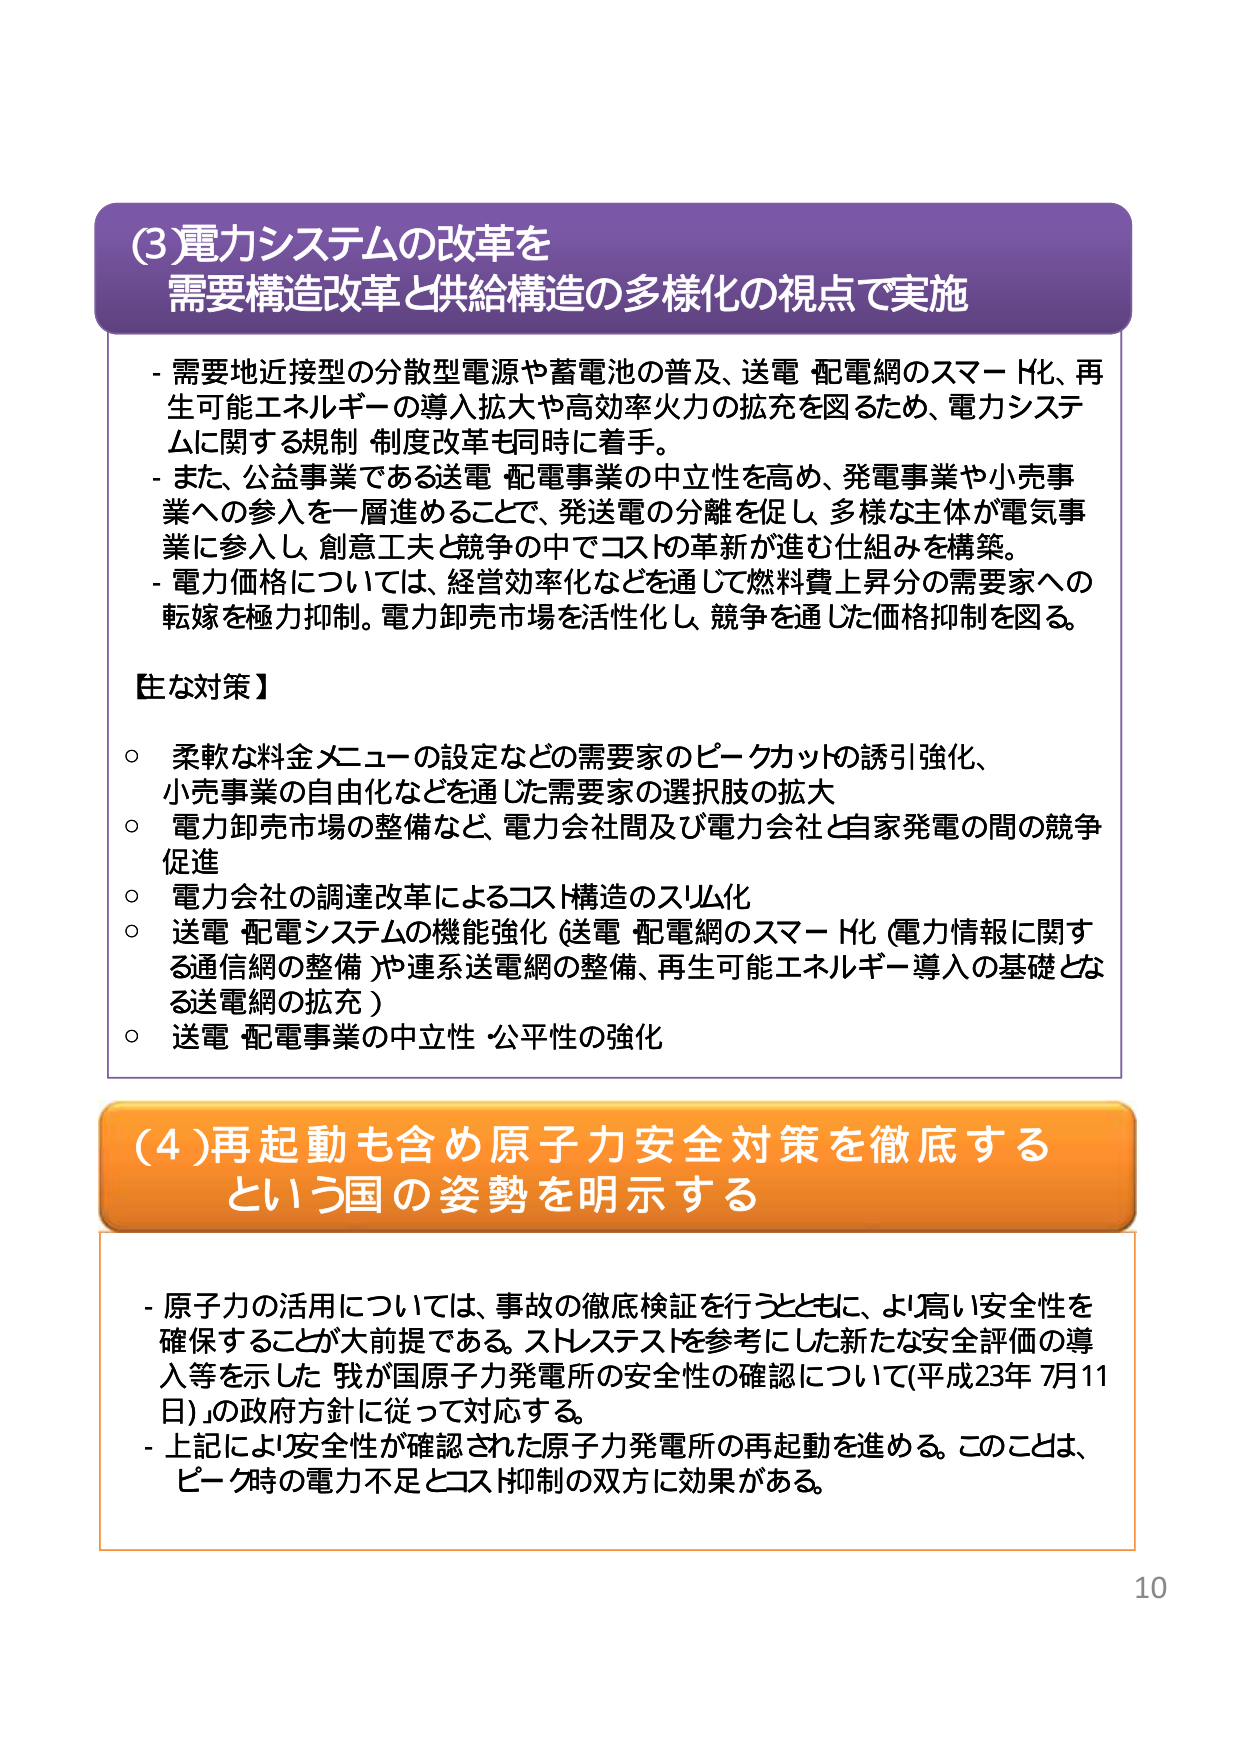
(3)電力システムの改革を
需要構造改革と供給構造の多様化の視点で実施

- 需要地近接型の分散型電源や蓄電池の普及、送電・配電網のスマート化、再生可能エネルギーの導入拡大や高効率火力の拡充を図るため、電力システムに関する規制・制度改革も同時に着手。
- また、公益事業である送電・配電事業の中立性を高め、発電事業や小売事業への参入を一層進めることで、発送電の分離を促し、多様な主体が電気事業に参入し、創意工夫と競争の中でコストの革新が進む仕組みを構築。
- 電力価格については、経営効率化などを通じて燃料費上昇分の需要家への転嫁を極力抑制。電力卸売市場を活性化し、競争を通じた価格抑制を図る。

【主な対策】
○ 柔軟な料金メニューの設定などの需要家のピークカットの誘引強化、小売事業の自由化などを通じた需要家の選択肢の拡大
○ 電力卸売市場の整備など、電力会社間及び電力会社と自家発電の間の競争促進
○ 電力会社の調達改革によるコスト構造のスリム化
○ 送電・配電システムの機能強化（送電・配電網のスマート化（電力情報に関する通信網の整備）や連系送電網の整備、再生可能エネルギー導入の基礎となる送電網の拡充）
○ 送電・配電事業の中立性・公平性の強化

(4)再起動も含め原子力安全対策を徹底する
という国の姿勢を明示する

- 原子力の活用については、事故の徹底検証を行うとともに、より高い安全性を確保することが大前提である。ストレステストを参考にした新たな安全評価の導入等を示した「我が国原子力発電所の安全性の確認について（平成23年7月11日）」の政府方針に従って対応する。
- 上記により安全性が確認された原子力発電所の再起動を進める。このことは、ピーク時の電力不足とコスト抑制の双方に効果がある。

10